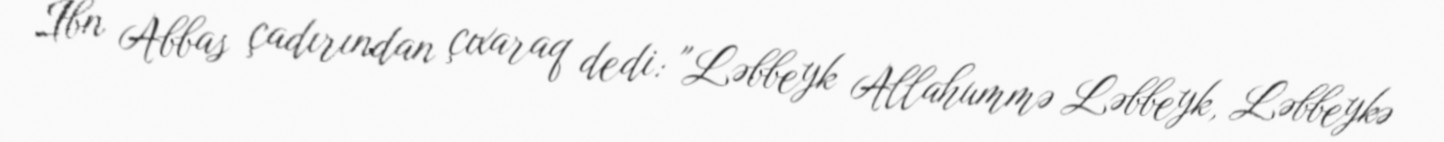
İbn Abbas çadırından çıxaraq dedi: "Ləbbeyk Allahummə Ləbbeyk, Ləbbeykə